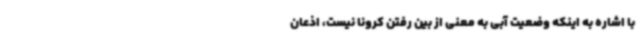
با اشاره به اینکه وضعیت آبی به معنی از بین رفتن کرونا نیست، اذعان